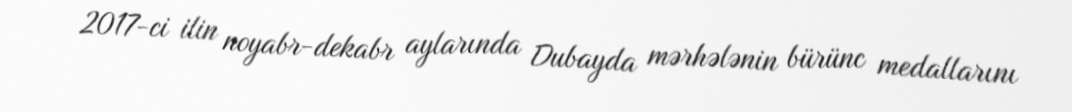
2017-ci ilin noyabr-dekabr aylarında Dubayda mərhələnin bürünc medallarını